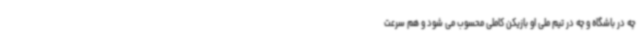
چه در باشگاه و چه در تیم ملی او بازیکن کاملی محسوب می شود و هم سرعت